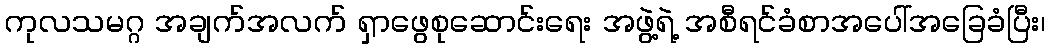
ကုလသမဂ္ဂ အချက်အလက် ရှာဖွေစုဆောင်းရေး အဖွဲ့ရဲ့ အစီရင်ခံစာအပေါ်အခြေခံပြီး၊